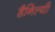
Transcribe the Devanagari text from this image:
डैनिल्यी